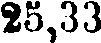
25,33